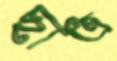
ছাত্র